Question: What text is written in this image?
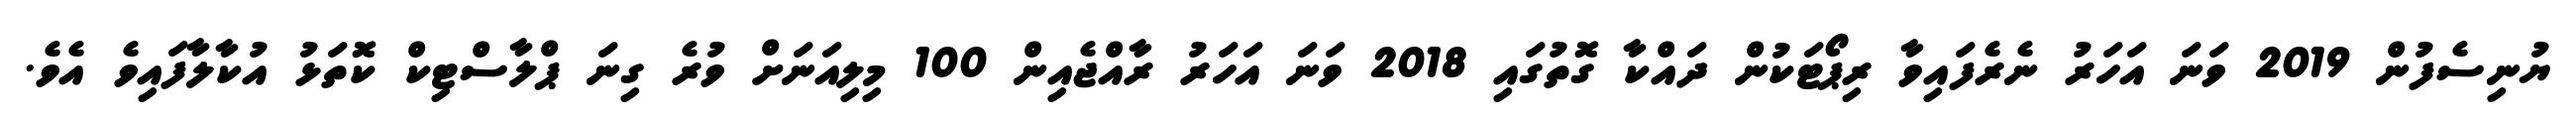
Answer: ޔުނިސެފުން 2019 ވަނަ އަހަރު ނެރެފައިވާ ރިޕޯޓަކުން ދައްކާ ގޮތުގައި 2018 ވަނަ އަހަރު ރާއްޖެއިން 100 މިލިއަނަށް ވުރެ ގިނަ ޕްލާސްޓިކް ކޮތަޅު އުކާލާފައިވެ އެވެ.